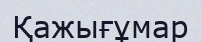
Қажығұмар